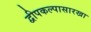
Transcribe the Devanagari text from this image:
द्वीपकल्पासारखा